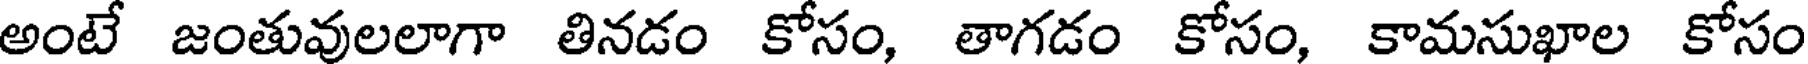
అంటే జంతువులలాగా తినడం కోసం, తాగడం కోసం, కామసుఖాల కోసం